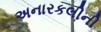
અનારકલીની